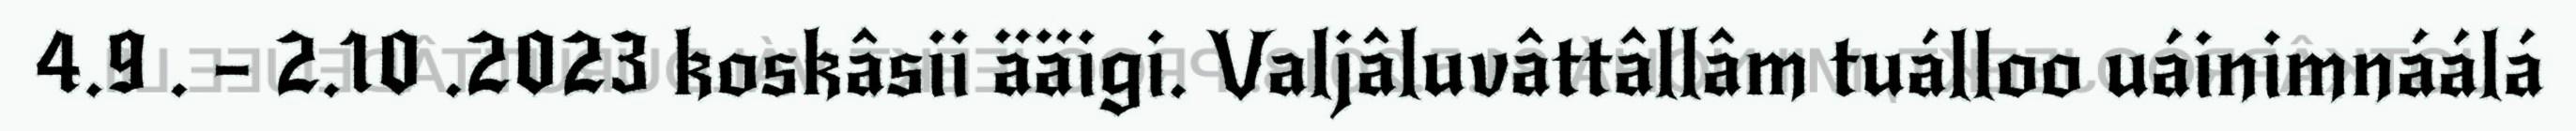
4.9 . – 2.10 .2023 koskâsii ääigi. Valjâluvâttâllâm tuálloo uáinimnáálá